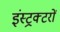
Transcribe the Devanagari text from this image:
इंस्ट्रक्टरों